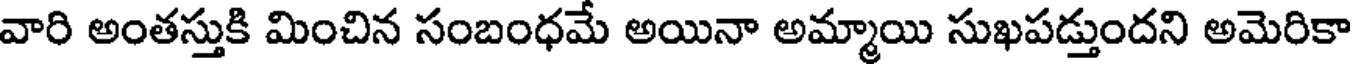
వారి అంతస్తుకి మించిన సంబంధమే అయినా అమ్మాయి సుఖపడ్తుందని అమెరికా